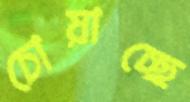
চোয়াচ্ছে